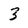
Character: 3